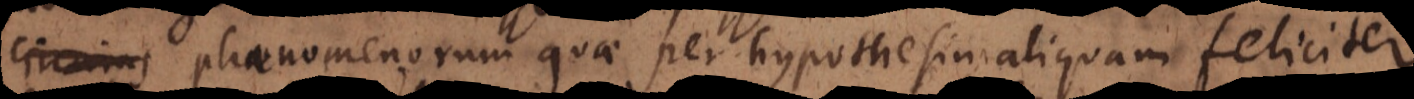
circums phaenomenorum quae per hypothesin aliquam feliciter